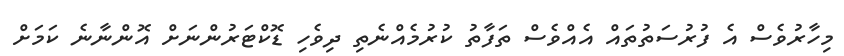
މިހާރުވެސް އެ ފުރުސަތުތައް އެއްވެސް ތަފާތު ކުރުމެއްނެތި ދިވެހި ޑޮކްޓަރުންނަށް އޮންނާނެ ކަމަށް